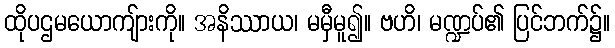
ထိုပဌမယောကျ်ားကို။ အနိဿာယ၊ မမှီမူ၍။ ဗဟိ၊ မဏ္ဍပ်၏ ပြင်ဘက်၌။